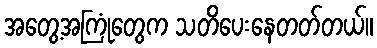
အတွေ့အကြုံတွေက သတိပေးနေတတ်တယ်။